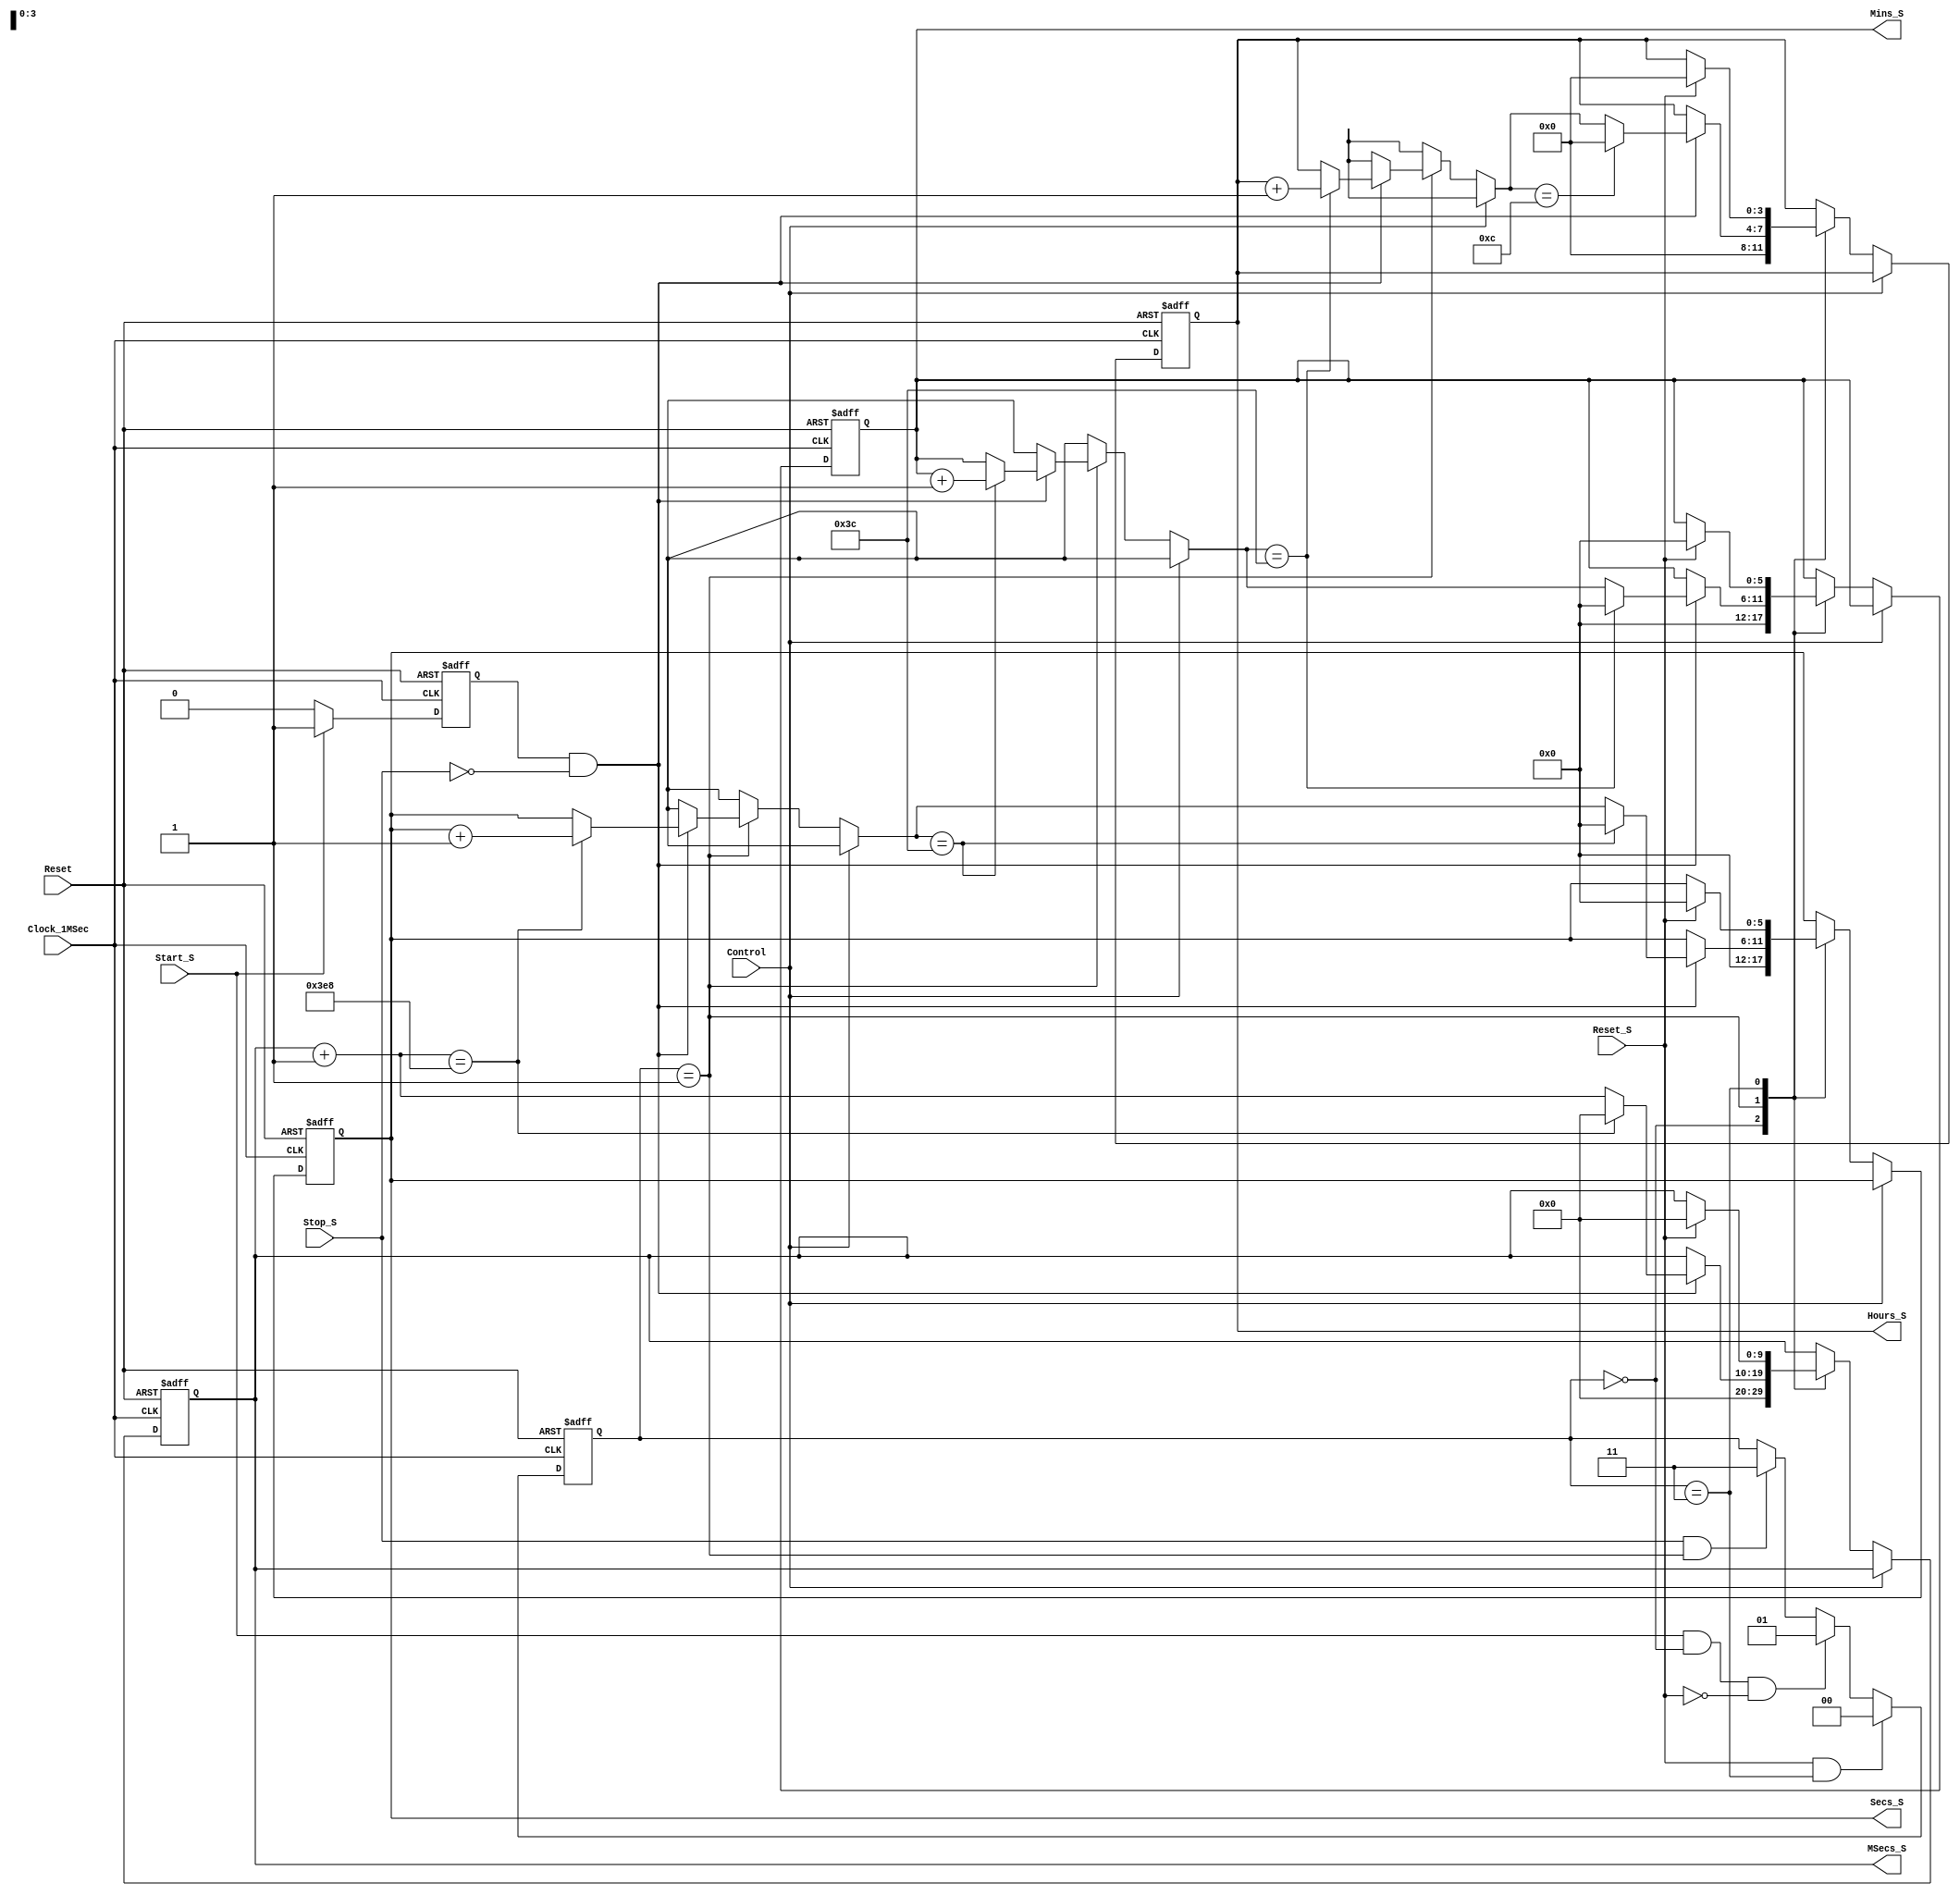
// Module which works as a Stopwatch
module stop (
	output reg  [3:0]   Hours_S,
    output reg  [5:0]   Mins_S,
    output reg  [5:0]   Secs_S,
    output reg  [9:0]   MSecs_S,
    input  wire         Clock_1MSec,
    input  wire         Reset,
    input  wire         Start_S,
    input  wire         Stop_S,
    input  wire         Reset_S,
    input  wire         Control
);

reg [1:0] state;    // Current State
reg Start;

// State parameters
localparam READY = 2'b00;    // Ready to start
localparam START = 2'b01;    // Start measuring
localparam ENDED = 2'b11;    // End measuring

always @(posedge Clock_1MSec, negedge Reset) begin
    if (!Reset) Start <= 1'b0;
    else begin
        if (Start_S) Start <= 1'b1;
        else Start <= 1'b0;
    end
end

// How works in each state
always @(posedge Clock_1MSec, negedge Reset) begin
    if (!Reset) begin
        Hours_S =    4'd0;
        Mins_S  =    6'd0;
        Secs_S  =    6'd0;
        MSecs_S =   10'd0;
    end
    else begin
        if (!Control) begin
            case (state)
                // Initialise settings
                READY   : begin
                    Hours_S =    4'd0;
                    Mins_S  =    6'd0;
                    Secs_S  =    6'd0;
                    MSecs_S =   10'd0;
                end
                // Start measure
                START   : begin
                    if (Start && !Stop_S) begin
                        MSecs_S =   MSecs_S + 1;
                        if (MSecs_S == 10'd1000) begin
                            MSecs_S = 10'd0;
                            Secs_S = Secs_S + 1;
                        end
                        if (Secs_S == 6'd60) begin
                            Secs_S = 6'd0;
                            Mins_S = Mins_S + 1;
                        end
                        if (Mins_S == 6'd60) begin
                            Mins_S = 6'd0;
                            Hours_S = Hours_S + 1;
                        end
                        if (Hours_S == 4'd12) begin
                            Hours_S = 4'd0;
                        end
                    end
                end
                ENDED   :   begin
                    if (Reset_S) begin
                        Hours_S =    4'd0;
                        Mins_S  =    6'd0;
                        Secs_S  =    6'd0;
                        MSecs_S =   10'd0;
                    end
                end
            endcase
        end
    end
end

// State update
always @(posedge Clock_1MSec, negedge Reset) begin
    if (!Reset)                         state <= READY;
    else if (Reset_S && state == ENDED) state <= READY;
    else if (Start_S && state == READY && !Reset_S) state <= START;
    else if (Stop_S && state == START)  state <= ENDED;
end

endmodule